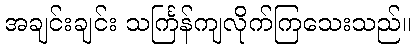
အချင်းချင်း သင်္ကြန်ကျလိုက်ကြသေးသည်။